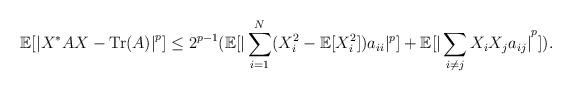
LaTeX: \begin{align*}\mathbb{E}[{|X^* A X - \mathrm{Tr}(A)|}^p] \le 2^{p-1} (\mathbb{E}[|\sum_{i=1}^N (X_i^2 - \mathbb{E}[X_i^2])a_{ii}|^p] + \mathbb{E}[{|\sum_{i \neq j} X_i X_j a_{ij}|}^p]).\end{align*}